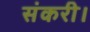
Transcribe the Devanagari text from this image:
संकरी।